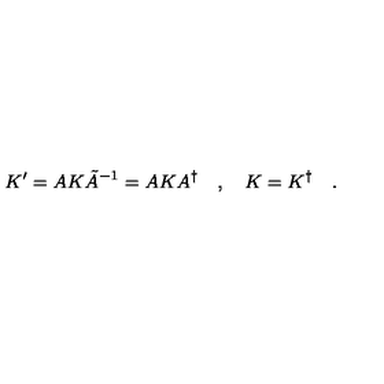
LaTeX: K ^ { \prime } = A K \tilde { A } ^ { - 1 } = A K A ^ { \dagger } \quad , \quad K = K ^ { \dagger } \quad .